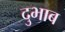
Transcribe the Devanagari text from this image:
दुभाब